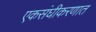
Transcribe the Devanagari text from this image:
एकसंघीकरणात